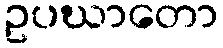
ဥပဃာတော